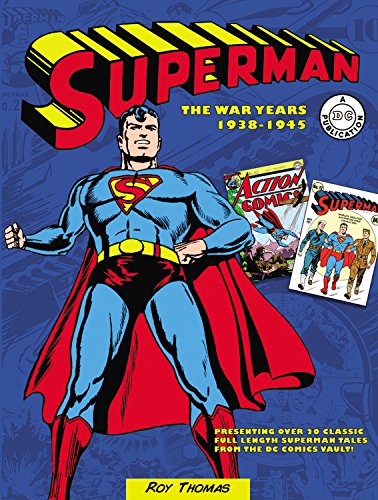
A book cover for Superman: The War Years 1938-1945; Roy Thomas; Comics & Graphic Novels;